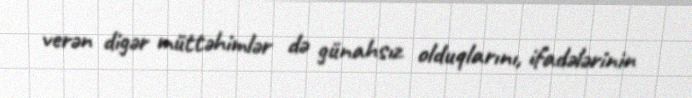
verən digər müttəhimlər də günahsız olduqlarını, ifadələrinin